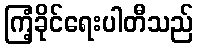
ကြံ့ခိုင်ရေးပါတီသည်